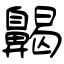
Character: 齃